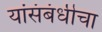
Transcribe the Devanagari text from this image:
यांसंबंधीचा